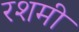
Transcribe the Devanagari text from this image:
रशमी